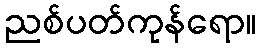
ညစ်ပတ်ကုန်ရော။